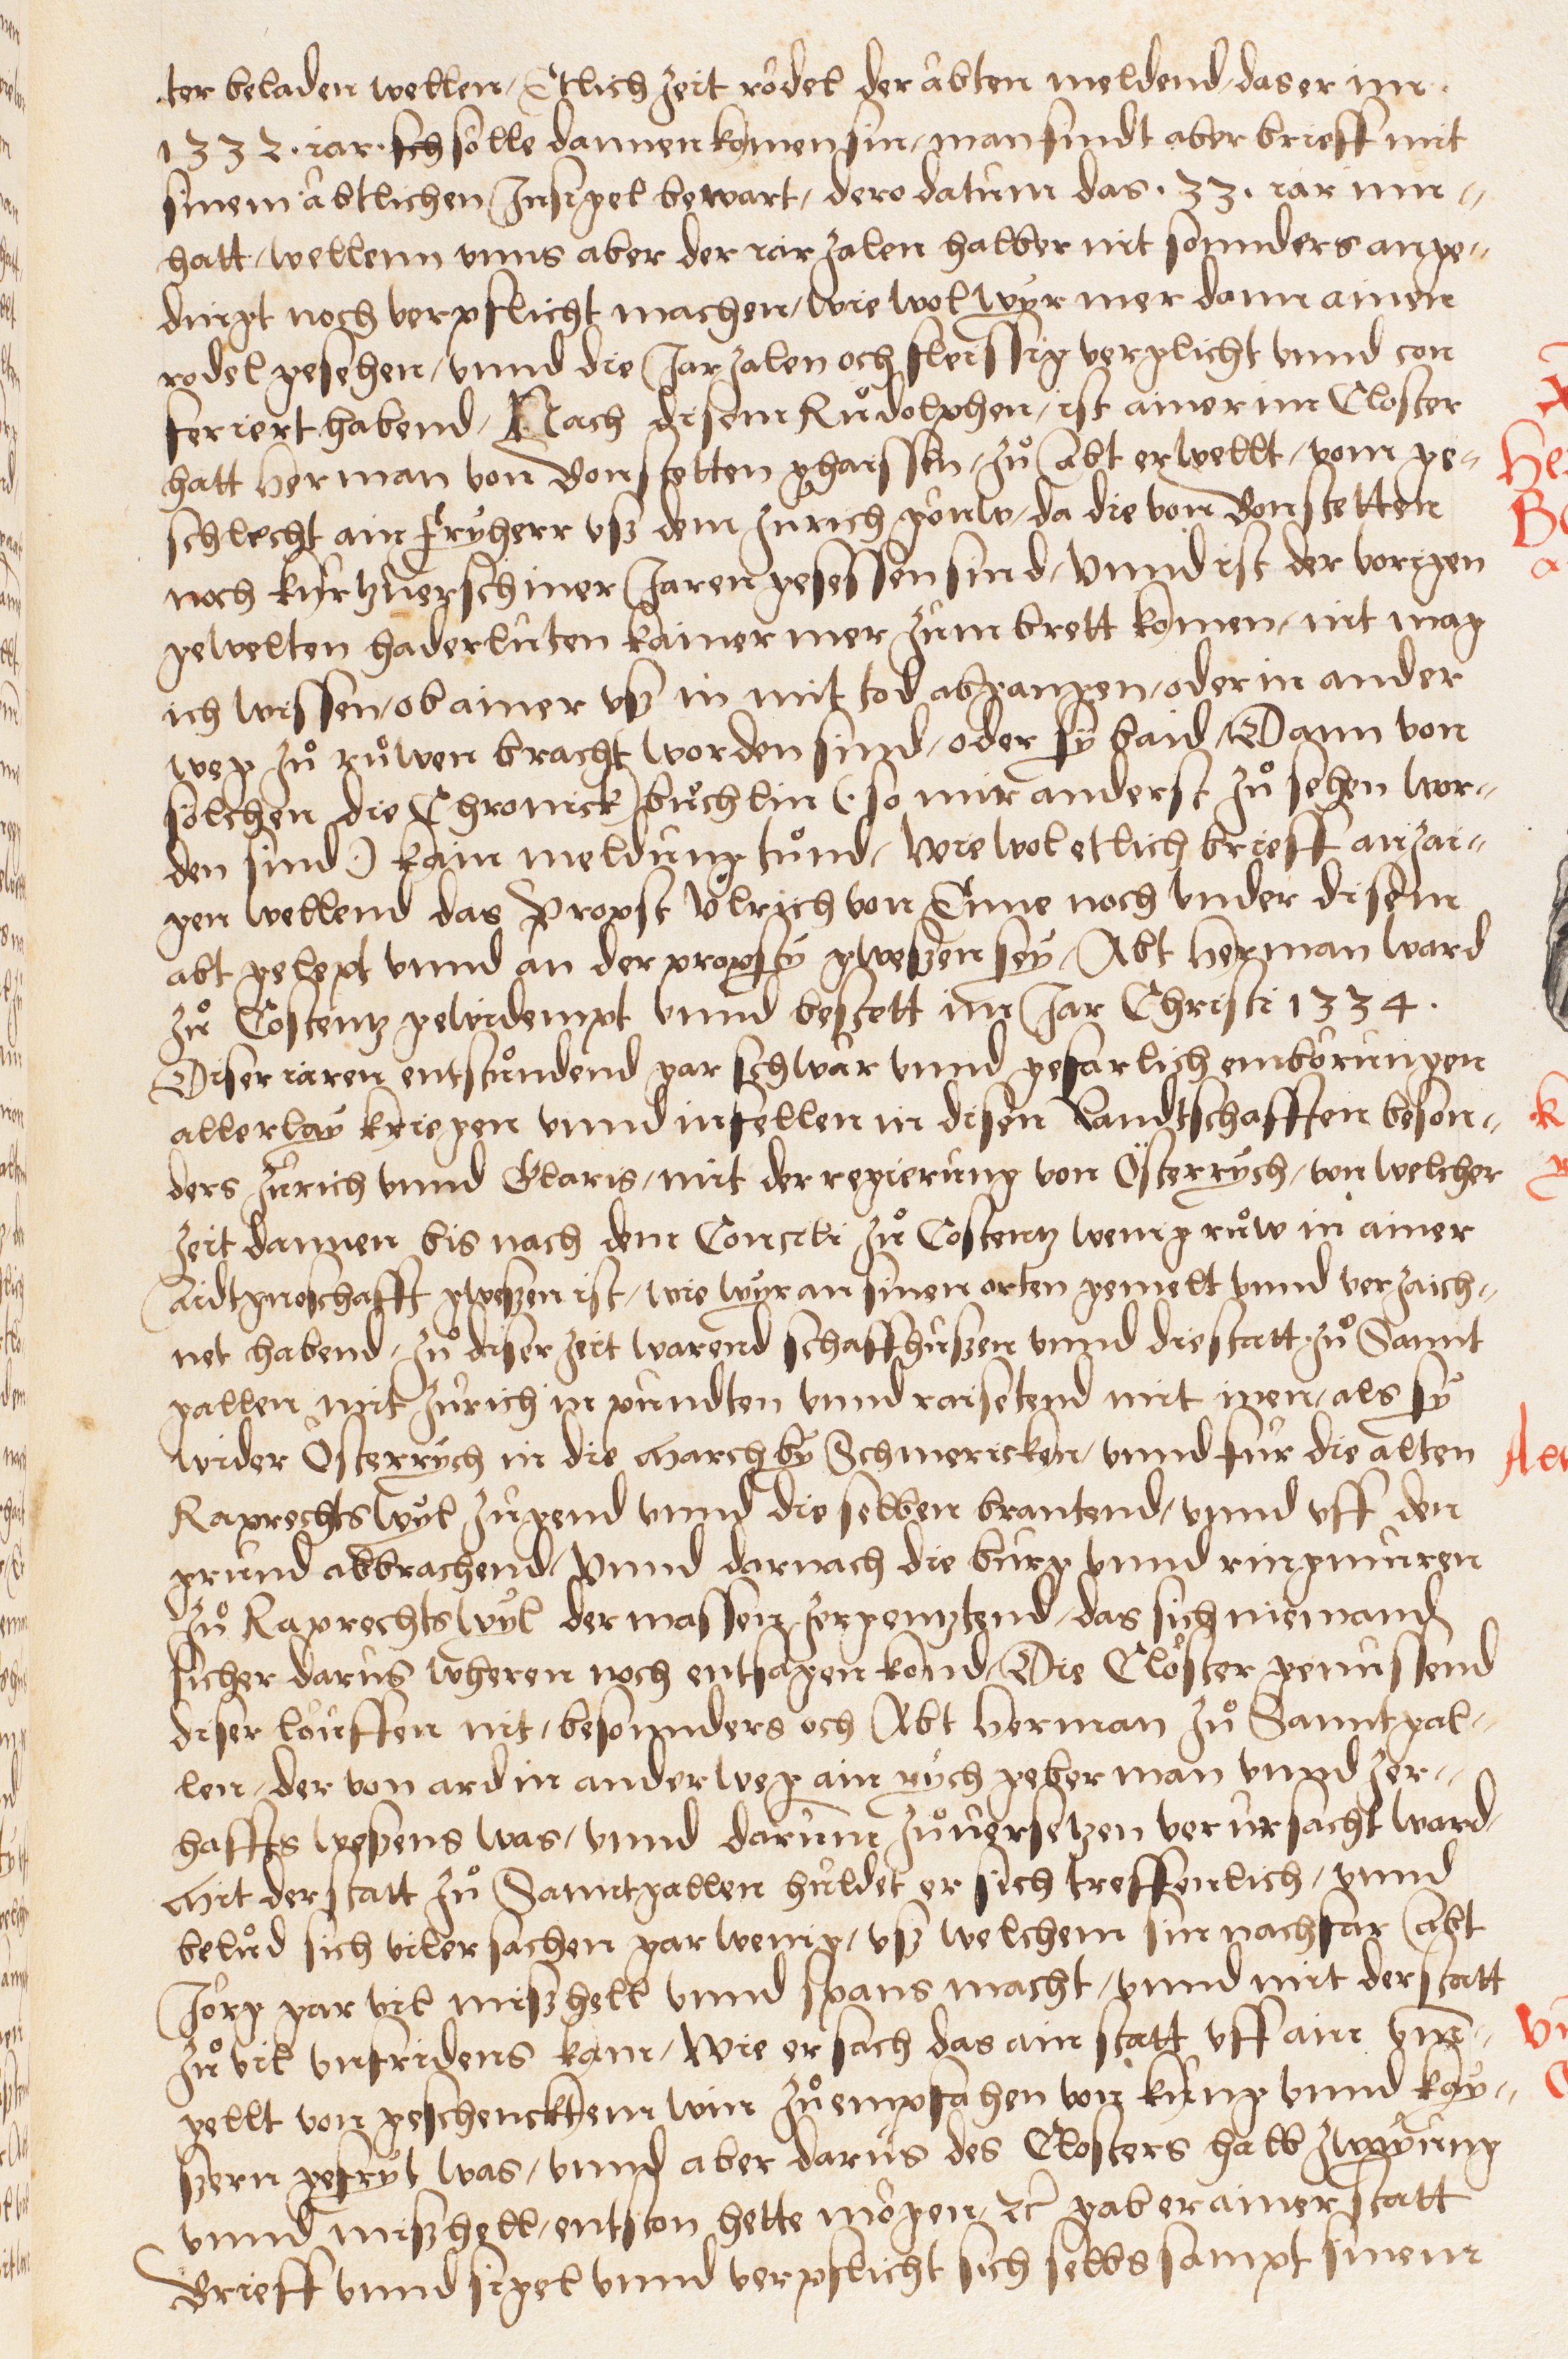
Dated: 1549–1549